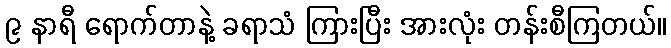
၉ နာရီ ရောက်တာနဲ့ ခရာသံ ကြားပြီး အားလုံး တန်းစီကြတယ်။